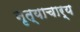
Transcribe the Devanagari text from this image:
नृत्याचार्य